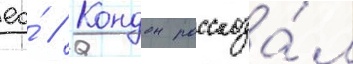
ео́ // Кондон рассказа́л